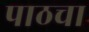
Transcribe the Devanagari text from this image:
पाठचा